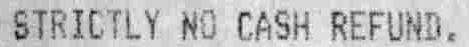
STRICTLY NO CASH REFUND.